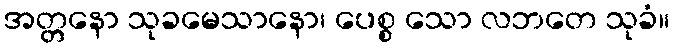
အတ္တနော သုခမေသာနော၊ ပေစ္စ သော လဘတေ သုခံ။